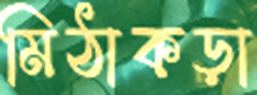
মিঠাকড়া